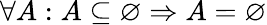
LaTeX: \forall A:A\subseteq\varnothing\Rightarrow A=\varnothing